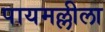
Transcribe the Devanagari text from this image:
पायमल्लीला